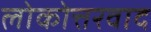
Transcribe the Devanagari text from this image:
लोकोत्तरवाद